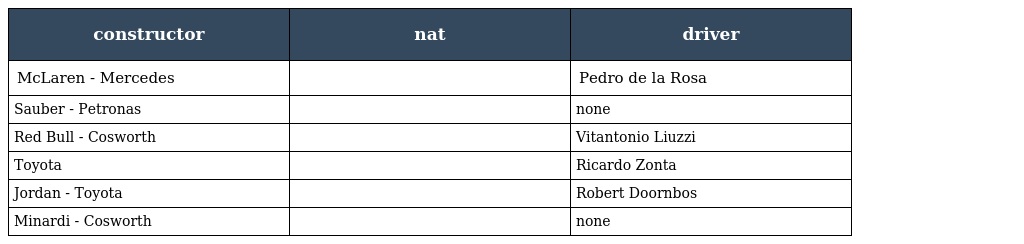
| constructor | nat | driver |
 | --- | --- | --- |
 | McLaren - Mercedes |  | Pedro de la Rosa |
 | Sauber - Petronas |  | none |
 | Red Bull - Cosworth |  | Vitantonio Liuzzi |
 | Toyota |  | Ricardo Zonta |
 | Jordan - Toyota |  | Robert Doornbos |
 | Minardi - Cosworth |  | none |